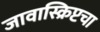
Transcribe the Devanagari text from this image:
जावास्क्रिप्टचा